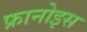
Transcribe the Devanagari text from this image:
फ्रानोइस